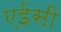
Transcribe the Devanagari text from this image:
एईसी